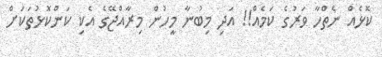
ކޮޅެއް ނެތްހާ ވަރުގެ ކަމެއް!! އަދި މިބުނާ މީހުން މިރާއްޖޭގެ އެކި ކަންކޮޅުތަކަށް